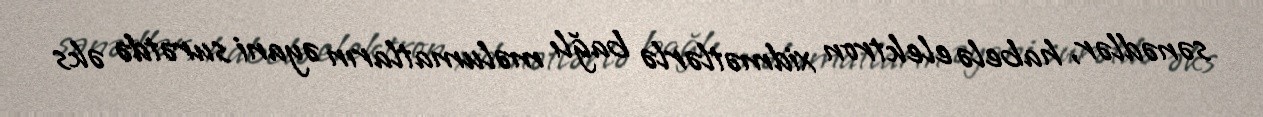
sənədlər, habelə elektron xidmətlərlə bağlı məlumatların əyani surətdə əks